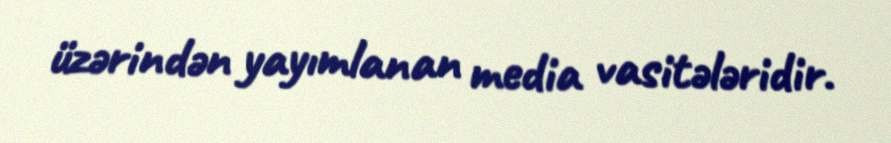
üzərindən yayımlanan media vasitələridir.